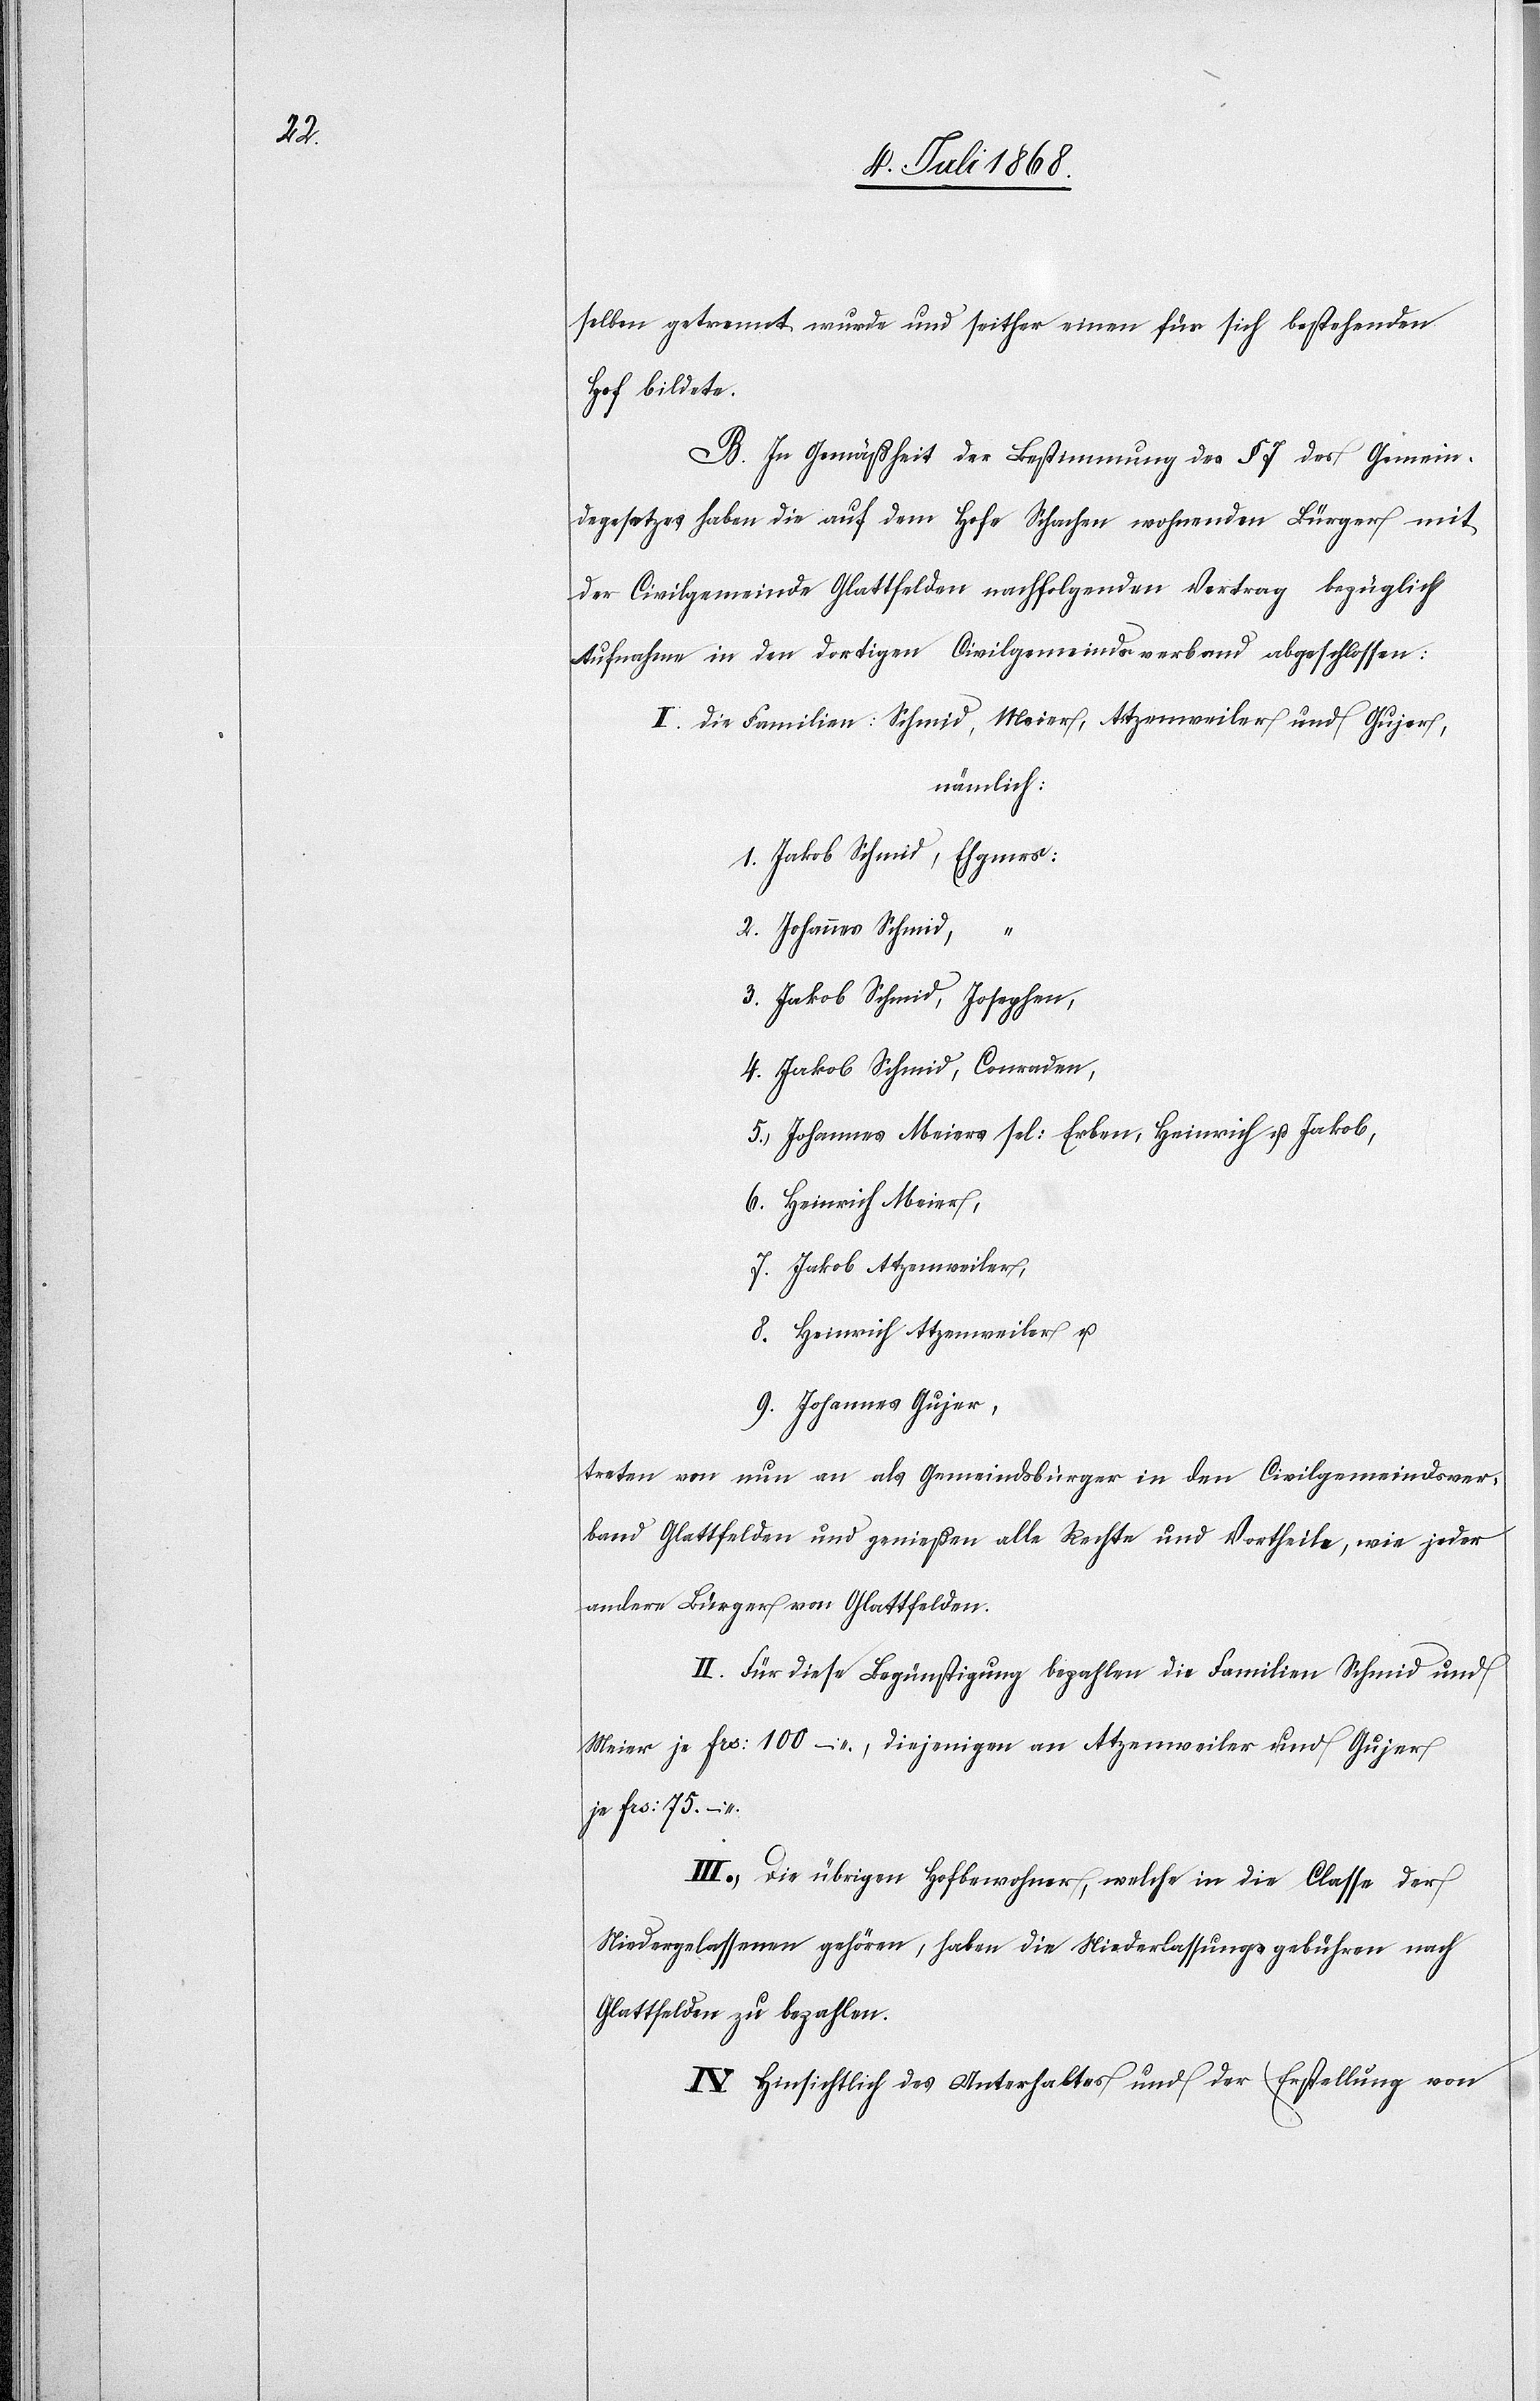
selben getrennt wurde und seither einen für sich bestehenden
Hof bildete.
B. In Gemäßheit der Bestimmung des § 7 des Gemein¬
degesetzes haben die auf dem Hofe Schachen wohnenden Bürger mit
der Civilgemeinde Glattfelden nachfolgenden Vertrag bezüglich
Aufnahme in den dortigen Civilgemeindsverband abgeschlossen:
I. Die Familien Schmid, Meier, Atzenweiler und Gujer,
nämlich:
1. Jakob Schmid, Ehgmes:
2. Johannes Schmid,
3. Jakob Schmid, Josephen,
4. Jakob Schmid, Conraden,
5. Johannes Meiers sel: Erben, Heinrich u. Jakob,
6. Heinrich Meier,
7. Jakob Atzenweiler,
8. Heinrich Atzenweiler u.
9. Johannes Gujer,
treten von nun an als Gemeindsbürger in den Civilgemeindsver¬
band Glattfelden und genießen alle Rechte und Vortheile, wie jeder
andere Bürger von Glattfelden.
II. Für diese Begünstigung bezahlen die Familien Schmid und
Meier je Frs: 100 –, diejenigen an Atzenweiler und Gujer
je Frs: 75. –
III. Die übrigen Hofbewohner, welche in die Classe der
Niedergelassenen gehören, haben die Niederlassungsgebühren nach
Glattfelden zu bezahlen.
IV. Hinsichtlich des Unterhaltes und der Erstellung von